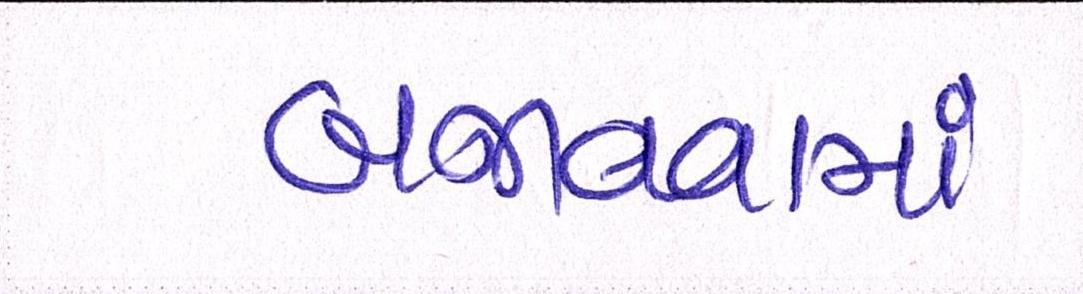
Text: બજાવવામાં